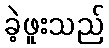
ခဲ့ဖူးသည်